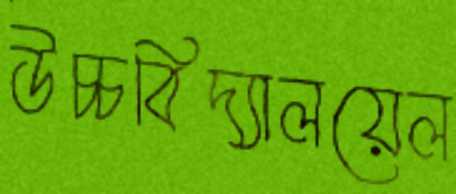
উচ্চবিদ্যালয়েল